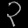
Digit: ၃